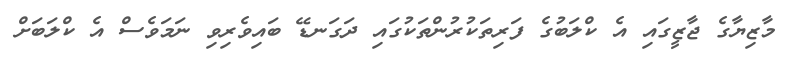
މާޒިޔާގެ ޖާޒީގައި އެ ކްލަބުގެ ފަރިތަކުރުންތަކުގައި ދަގަނޑޭ ބައިވެރިވި ނަމަވެސް އެ ކްލަބަށް